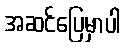
အဆင်ပြေမှာပါ